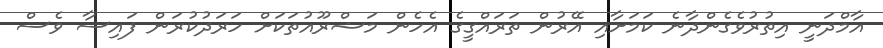
އާމްދަނީ އިތުރުވެގެންދާނެ ކަމަށާއި އޭރުން ތަަރައްގީގެ އެހެން މަޝްރޫއުތަކަށް ހަރަދުކުރަން ފައިސާ ވެސް